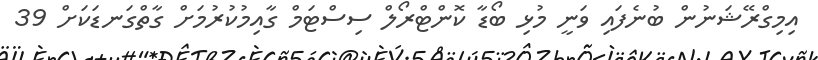
އިމިގްރޭޝަނުން ބުނެފައި ވަނީ މުޅި ބޯޑާ ކޮންޓްރޯލް ސިސްޓަމް ގާއިމުކުރުމަށް ގާތްގަނޑަކަށް 39